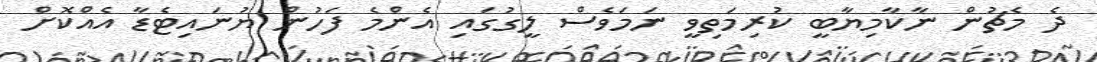
ދެ މެޗުން ނާކާމިޔާބީ ކުރިމަތިވީ ނަމަވެސް ލީގުގައި އެންމެ ފަހުން ޔުނައިޓެޑާ އެއްކޮށް